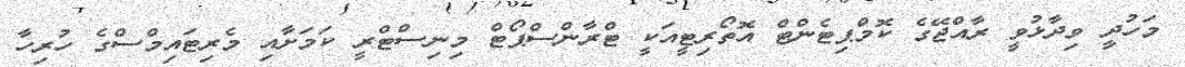
މަހުދިީ ވިދާޅުވީ ރާއްޖޭގެ ކޮމްޕިޓެންޓް އޮތޯރިޓީއަކީ ޓްރާންސްޕޯޓް މިނިސްޓްރީ ކަމަށާއި މެރިޓައިމްސްގެ ހުރިހާ